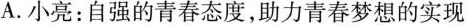
A.小亮：自强的青春态度，助力青春梦想的实现